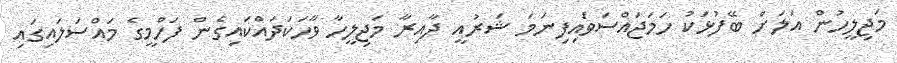
މަޖިލީހުން އަލަށް ބޭފުޅަކު ހަމަޖައްސަވައިފިނަމަ ޝަރުއީ ދާއިރާ މަޖިލީހާ ވާހަކަދައްކައިގެން ފަހްމީގެ މައްސަލައިގައި